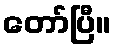
တော်ပြီ။